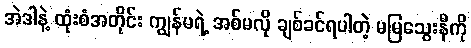
အဲဒါနဲ့ ထုံးစံအတိုင်း ကျွန်မရဲ့ အစ်မလို ချစ်ခင်ရပါတဲ့ မမြသွေးနီကို